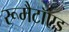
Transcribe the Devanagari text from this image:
रूमैटॉएड